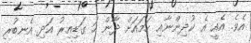
އެވެ. އެއީ އެ ކުދިންނާއި ހަމައަށް ދާން ހަ ގަޑިއިރު އަދި އެނބުރި